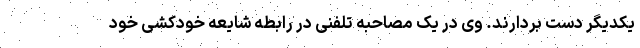
یکدیگر دست بردارند. وی در یک مصاحبه تلفنی در رابطه شایعه خودکشی خود